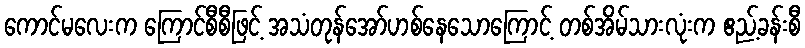
ကောင်မလေးက ကြောင်စီစီဖြင့် အသံတုန်အော်ဟစ်နေသောကြောင့် တစ်အိမ်သားလုံးက ဧည့်ခန်းစီ